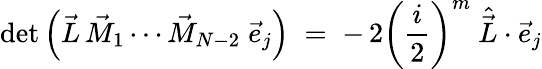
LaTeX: \operatorname*{det}\left(\vec{L}\, \vec{M}_{1}\cdots\vec{M}_{N-2}\; \vec{e}_{j}\right)\; =\; -\, 2\left(\frac i2\right)^{m}\ \hat{\vec{L}}\cdot\vec{e}_{j}